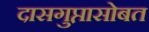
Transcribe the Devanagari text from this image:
दासगुप्तासोबत